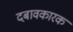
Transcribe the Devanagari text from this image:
दबावकारक